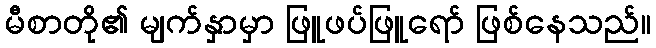
မီစာတို၏ မျက်နှာမှာ ဖြူဖပ်ဖြူရော် ဖြစ်နေသည်။